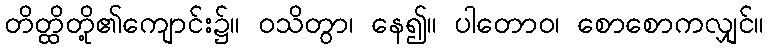
တိတ္ထိတို့၏ကျောင်း၌။ ဝသိတွာ၊ နေ၍။ ပါတောဝ၊ စောစောကလျှင်။